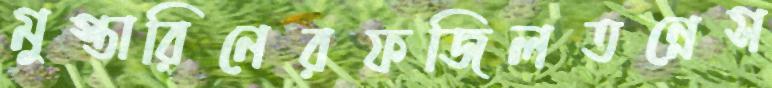
মুস্তারিনেরফজিলতন্নেস